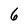
Character: 6